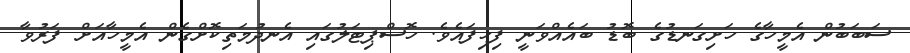
ސަބަބުން އެމީހާގެ ހަށިގަނޑުގެ ބޮޑު ބައެއްވަނީ ފިހިފައެވެ. ހޮސްޕިޓަލުގައި އެނދުމަތިކޮށްގެން އެމީހާއަށް ފަރުވާ